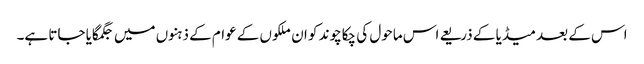
اس کے بعد میڈیا کے ذریعے اس ماحول کی چکاچوند کو ان ملکوں کے عوام کے ذہنوں میں جگمگایا جاتا ہے۔